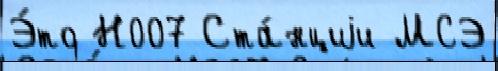
Э́то Н007 Ста́нциjи МСЭ